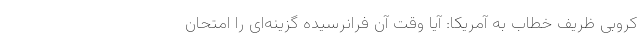
کروبی ظریف خطاب به آمریکا: آیا وقت آن فرانرسیده گزینه‌ای را امتحان